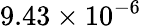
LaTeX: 9.43\times 10^{-6}